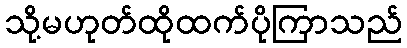
သို့မဟုတ်ထိုထက်ပိုကြာသည်